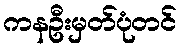
ကနဦးမှတ်ပုံတင်